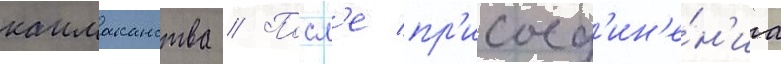
каимаканства // Посл'е пр'исоед'ин'е́н'иа